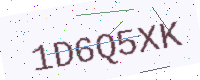
Text: 1D6Q5XK